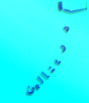
أدرينالين